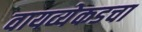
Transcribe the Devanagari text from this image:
वायव्येकडचा